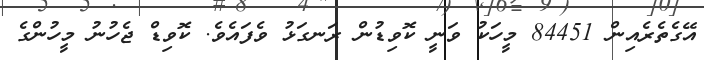
އޭގެތެރެއިން 84451 މީހަކު ވަނީ ކޮވިޑުން ރަނގަޅު ވެފައެވެ. ކޮވިޑް ޖެހުނު މީހުންގެ